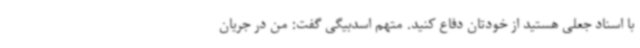
با اسناد جعلی هستید از خودتان دفاع کنید. متهم اسدبیگی گفت: من در جریان